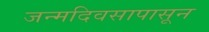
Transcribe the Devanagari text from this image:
जन्मदिवसापासून